Indian journal of veterinary science and animal husbandry - Volume 1,
Year: 1931
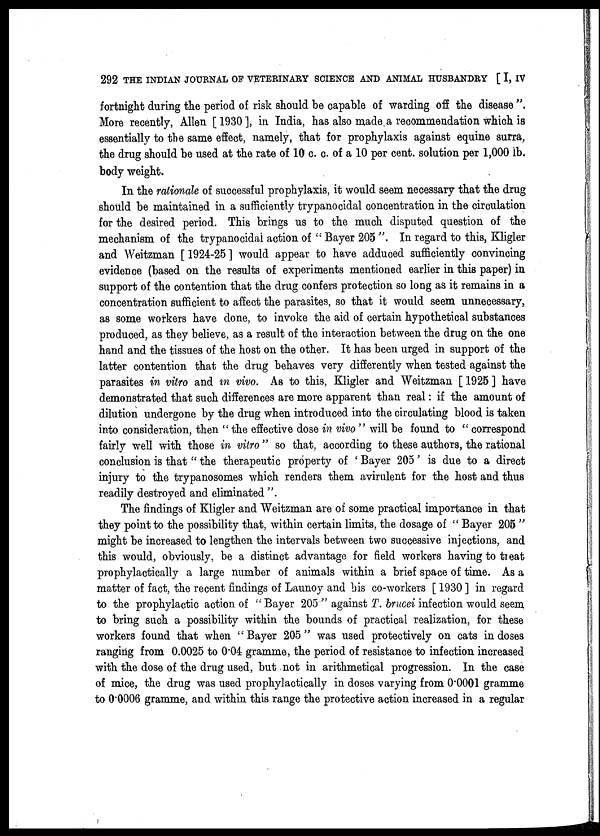
292 THE INDIAN JOURNAL OF VETERINARY SCIENCE AND ANIMAL HUSBANDRY [ I, IV
fortnight during the period of risk should be capable of warding off the disease ".
More recently, Allen [ 1930 ], in India, has also made a recommendation which is
essentially to the same effect, namely, that for prophylaxis against equine surra,
the drug should be used at the rate of 10 c. c. of a 10 per cent. solution per 1,000 lb.
body weight.
In the rationale of successful prophylaxis, it would seem necessary that the drug
should be maintained in a sufficiently trypanocidal concentration in the circulation
for the desired period. This brings us to the much disputed question of the
mechanism of the trypanocidal action of " Bayer 205 ". In regard to this, Kligler
and Weitzman [ 1924-25 ] would appear to have adduced sufficiently convincing
evidence (based on the results of experiments mentioned earlier in this paper) in
support of the contention that the drug confers protection so long as it remains in a
concentration sufficient to affect the parasites, so that it would seem unnecessary,
as some workers have done, to invoke the aid of certain hypothetical substances
produced, as they believe, as a result of the interaction between the drug on the one
hand and the tissues of the host on the other. It has been urged in support of the
latter contention that the drug behaves very differently when tested against the
parasites in vitro and in vivo. As to this, Kligler and Weitzman [ 1925 ] have
demonstrated that such differences are more apparent than real: if the amount of
dilution undergone by the drug when introduced into the circulating blood is taken
into consideration, then " the effective dose in vivo " will be found to " correspond
fairly well with those in vitro " so that, according to these authors, the rational
conclusion is that " the therapeutic property of ' Bayer 205' is due to a direct
injury to the trypanosomes which renders them avirulent for the host and thus
readily destroyed and eliminated ".
The findings of Kligler and Weitzman are of some practical importance in that
they point to the possibility that, within certain limits, the dosage of " Bayer 205 "
might be increased to lengthen the intervals between two successive injections, and
this would, obviously, be a distinct advantage for field workers having to treat
prophylactically a large number of animals within a brief space of time. As a
matter of fact, the recent findings of Launoy and his co-workers [ 1930] in regard
to the prophylactic action of " Bayer 205 " against T. brucei infection would seem
to bring such a possibility within the bounds of practical realization, for these
workers found that when "Bayer 205" was used protectively on cats in doses
ranging from 0.0025 to 0.04 gramme, the period of resistance to infection increased
with the dose of the drug used, but not in arithmetical progression. In the case
of mice, the drug was used prophylactically in doses varying from 0.0001 gramme
to 0.0006 gramme, and within this range the protective action increased in a regular